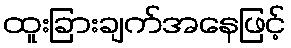
ထူးခြားချက်အနေဖြင့်